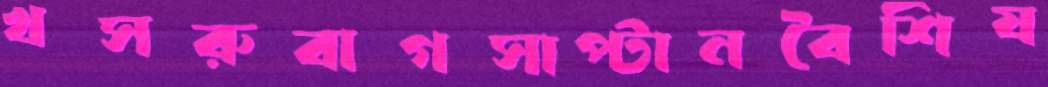
খসরুবাগসাপ্‌টানবৈশিষ